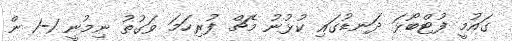
ގައުމީ ފުޓްބޯޅަ ދަނޑުގައި ކުޅުނު މެޗް ފުރިހަމަ ވަގުތު ނިމުނީ 1-1 ން